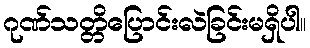
ဂုဏ်သတ္တိပြောင်းလဲခြင်းမရှိပါ။